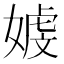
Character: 𪦒